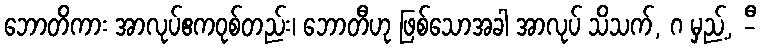
ဘောတိကား အာလုပ်ဧကဝုစ်တည်း၊ ဘောတီဟု ဖြစ်သောအခါ အာလုပ် သိသက်, ဂ မှည့်, -ီ